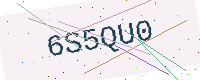
Text: 6S5QU0